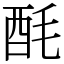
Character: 酕